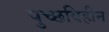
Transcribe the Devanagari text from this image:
पुच्छविहीन